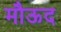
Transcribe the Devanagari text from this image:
मौऊद